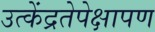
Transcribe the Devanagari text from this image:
उत्केंद्रतेपेक्षापण